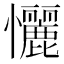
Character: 𢥬